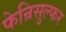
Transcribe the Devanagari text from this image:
फेन्रिसुल्फर